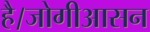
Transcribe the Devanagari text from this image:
है।जोगीआसन